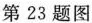
第23题图